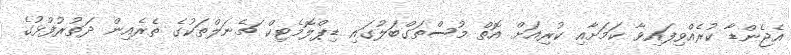
އެޖެންޑާ ކުރެއްވިފައިވާ ކަމަށާއި ކުރިއަށް އޮތް މުސްތަގްބަލުގައި ޑިޕްލޮމެޓިކް ޗެނަލްތަކުގެ ތެރެއިން ދަތުރުފުޅުގެ